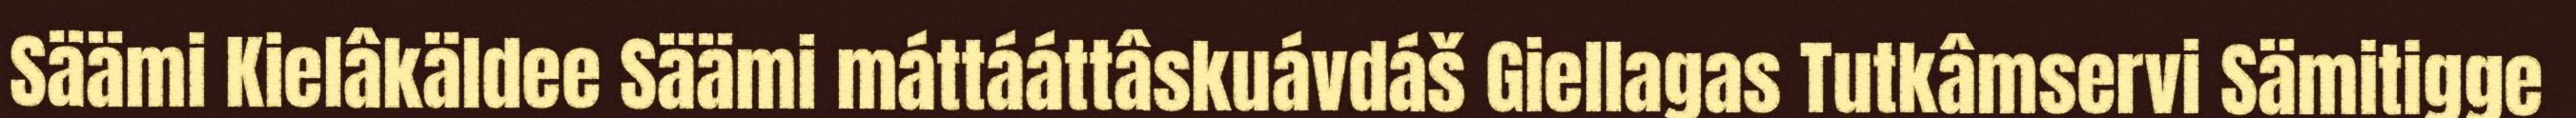
Säämi Kielâkäldee Säämi máttááttâskuávdáš Giellagas Tutkâmservi Sämitigge